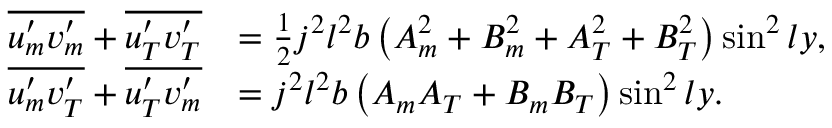
\begin{array} { r l } { \overline { { u _ { m } ^ { \prime } v _ { m } ^ { \prime } } } + \overline { { u _ { T } ^ { \prime } v _ { T } ^ { \prime } } } } & { = \frac { 1 } { 2 } j ^ { 2 } l ^ { 2 } b \left( { A _ { m } ^ { 2 } } + { B _ { m } ^ { 2 } } + { A _ { T } ^ { 2 } } + { B _ { T } ^ { 2 } } \right) \sin ^ { 2 } l y , } \\ { \overline { { u _ { m } ^ { \prime } v _ { T } ^ { \prime } } } + \overline { { u _ { T } ^ { \prime } v _ { m } ^ { \prime } } } } & { = j ^ { 2 } l ^ { 2 } b \left( { A _ { m } A _ { T } } + { B _ { m } B _ { T } } \right) \sin ^ { 2 } l y . } \end{array}